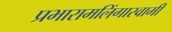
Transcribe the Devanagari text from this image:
प्रभारामलिंगास्वामी